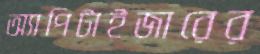
অ্যাপিটাইজারের